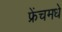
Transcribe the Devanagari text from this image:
फ्रेंचमधे